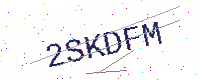
Text: 2SKDFM